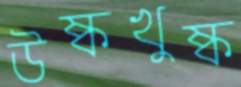
উষ্কখুষ্ক